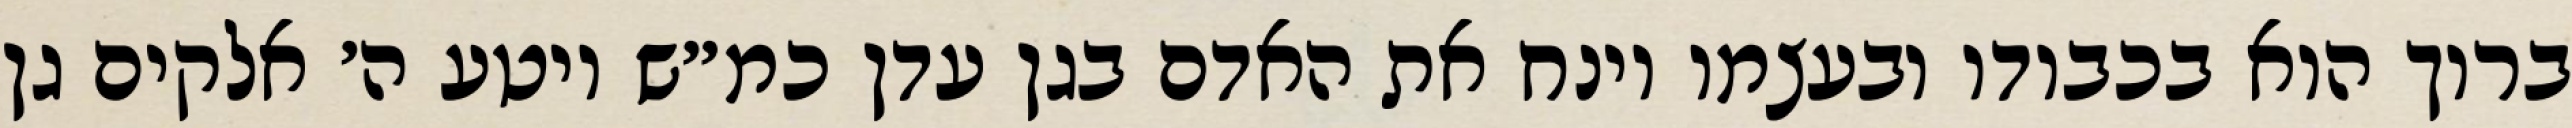
ברוך הוא בכבודו ובעצמו וינח את האדם בגן עדן כמ״ש ויטע ה׳ אלקים גן